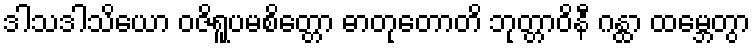
ဒါသဒါသိယော ဝဇိရူပမစိတ္တော ဓာတုတောတိ ဘုတ္တာဝိနီ ဂန္ထာ ထမ္ဘေတွာ